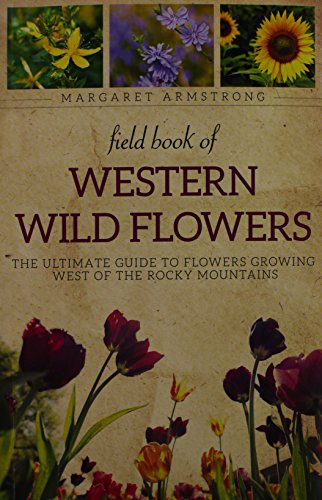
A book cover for Field Book of Western Wild Flowers: The Ultimate Guide to Flowers Growing West of the Rocky Mountains; Margaret Armstrong; Crafts, Hobbies & Home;